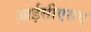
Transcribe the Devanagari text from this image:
आईसीएसए